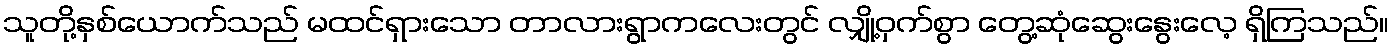
သူတို့နှစ်ယောက်သည် မထင်ရှားသော တာလားရွာကလေးတွင် လျှို့ဝှက်စွာ တွေ့ဆုံဆွေးနွေးလေ့ ရှိကြသည်။